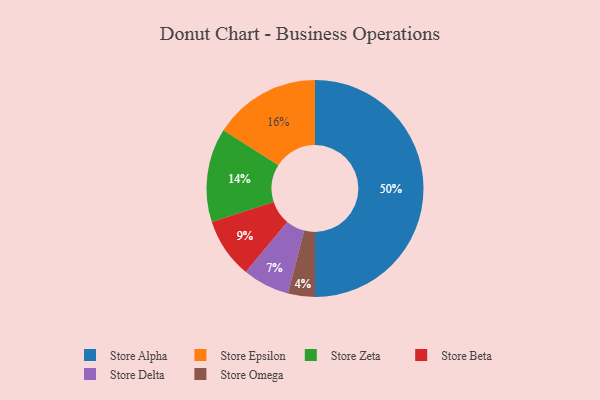
{"axis": {"x": "Category", "y": "Percentage"}, "legend": ["Store Alpha", "Store Beta", "Store Delta", "Store Epsilon", "Store Omega", "Store Zeta"], "data": [{"x": "Store Zeta", "y": 14, "type": "Store Zeta"}, {"x": "Store Delta", "y": 7, "type": "Store Delta"}, {"x": "Store Beta", "y": 9, "type": "Store Beta"}, {"x": "Store Epsilon", "y": 16, "type": "Store Epsilon"}, {"x": "Store Alpha", "y": 50, "type": "Store Alpha"}, {"x": "Store Omega", "y": 4, "type": "Store Omega"}]}